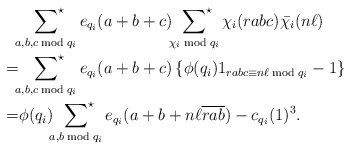
\begin{align*}&\sideset{}{^\star}\sum_{a,b,c\bmod{q_i}}e_{q_i}(a+b+c)\sideset{}{^\star}\sum_{\chi_i\bmod{q_i}}\chi_i(rabc)\bar{\chi_i}(n\ell)\\=&\sideset{}{^\star}\sum_{a,b,c\bmod{q_i}}e_{q_i}(a+b+c)\left\{\phi(q_i)1_{rabc\equiv n\ell\bmod{q_i}}-1\right\}\\=&\phi(q_i)\sideset{}{^\star}\sum_{a,b\bmod{q_i}}e_{q_i}(a+b+n\ell\overline{rab})-c_{q_i}(1)^3.\end{align*}